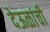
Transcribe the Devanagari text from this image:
देऊळांची